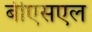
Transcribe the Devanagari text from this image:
बीएसएल